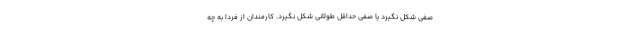
صفی شکل نگیرد یا صفی حداقل طولانی شکل نگیرد. کارمندان از فردا به چه